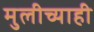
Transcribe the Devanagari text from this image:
मुलीच्याही